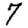
Digit: 7